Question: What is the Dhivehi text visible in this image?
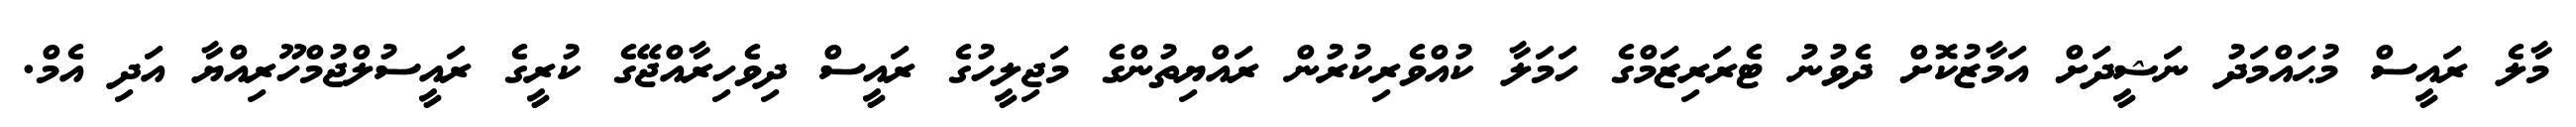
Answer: މާލެ ރައީސް މުޙައްމަދު ނަޝީދަށް އަމާޒުކޮށް ދެވުނު ޓެރަރިޒަމްގެ ހަމަލާ ކުއްވެރިކުރުން ރައްޔިތުންގެ މަޖިލީހުގެ ރައީސް ދިވެހިރާއްޖޭގެ ކުރީގެ ރައީސުލްޖުމްހޫރިއްޔާ އަދި އެމް.